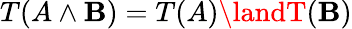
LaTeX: T(A\land\mathbf{B})=T(A)\landT(\mathbf{B})